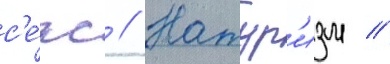
с'е́кс // Натур'изм //